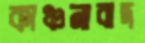
কাঞ্চনাবাদ